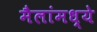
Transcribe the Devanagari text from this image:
मैलांमध्ये